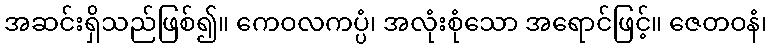
အဆင်းရှိသည်ဖြစ်၍။ ကေဝလကပ္ပံ၊ အလုံးစုံသော အရောင်ဖြင့်။ ဇေတဝနံ၊